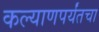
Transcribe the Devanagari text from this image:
कल्याणपर्यंतचा